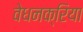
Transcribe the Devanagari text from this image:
वेधनक्रिया